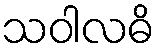
သဝါလဓိ